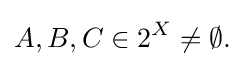
A,B,C\in 2^{X}\neq \emptyset .\,\!